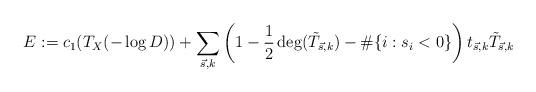
LaTeX: \begin{align*}E:=c_1(T_X(-\log D))+\sum_{\vec s,k} \left(1-\frac 12 \deg(\tilde{T}_{\vec s,k})-\#\{i:s_i<0\}\right)t_{\vec s,k}\tilde{T}_{\vec s,k}\end{align*}